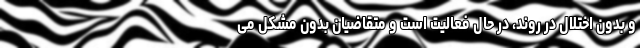
و بدون اختلال در روند، در حال فعالیت است و متقاضیان بدون مشکل می‌